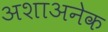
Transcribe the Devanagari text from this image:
अशाअनेक